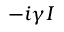
- i \gamma I